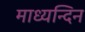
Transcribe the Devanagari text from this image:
माध्‍यन्‍दिन